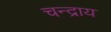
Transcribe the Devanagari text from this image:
चन्द्राय